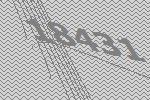
18431